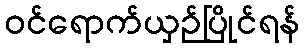
ဝင်ရောက်ယှဉ်ပြိုင်ရန်